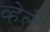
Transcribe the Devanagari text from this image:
व्हेलें